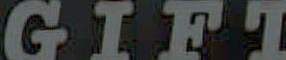
GIFT